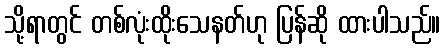
သို့ရာတွင် တစ်လုံးထိုးသေနတ်ဟု ပြန်ဆို ထားပါသည်။